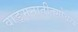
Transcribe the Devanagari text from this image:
वाङ्मनातीतगोचरम्